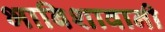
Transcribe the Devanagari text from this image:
भाबिशावानी